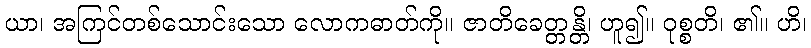
ယာ၊ အကြင်တစ်သောင်းသော လောကဓာတ်ကို။ ဇာတိခေတ္တန္တိ၊ ဟူ၍။ ဝုစ္စတိ၊ ၏။ ဟိ၊